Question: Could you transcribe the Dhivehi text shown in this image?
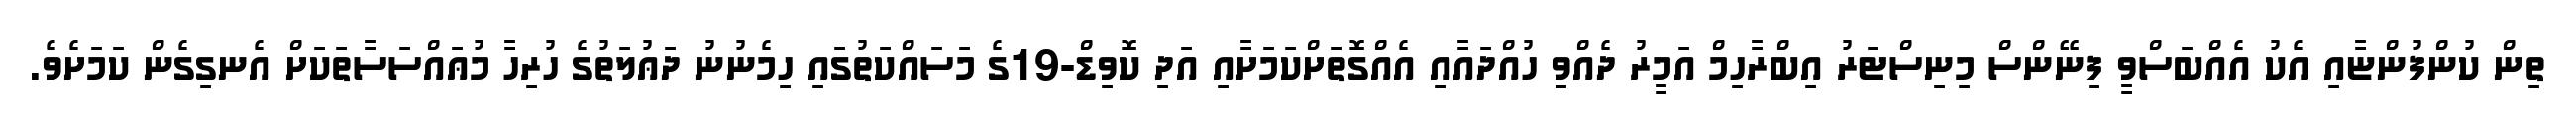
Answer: ތިން ކުންފުންޏާއި އެކު އެއްބަސްވީ ފިނޭންސް މިނިސްޓަރު އިބްރާހިމް އަމީރު ދެއްވި ހުއްދައާއި އެއްގޮތަށްކަމަށާއި އަދި ކޮވިޑް-19ގެ މަސައްކަތުގައި ހިމެނުނު ދަޢުލަތުގެ ހުރިހާ މުޢައްސަސާތަކަށް އެނގިގެން ކަމަށެވެ.